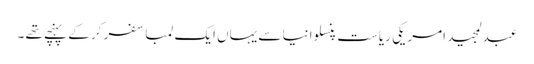
عبدلمجید امریکی ریاست پنسلوانیا سے یہاں ایک لمبا سفر کر کے پہنچے تھے ۔